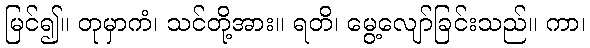
မြင်၍။ တုမှာကံ၊ သင်တို့အား။ ရတိ၊ မွေ့လျော်ခြင်းသည်။ ကာ၊